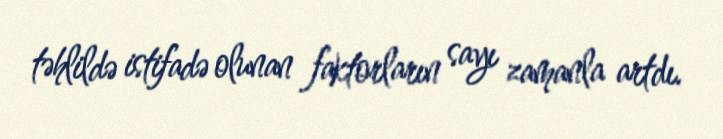
təhlildə istifadə olunan faktorların sayı zamanla artdı.